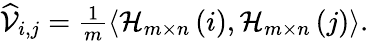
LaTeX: \begin{array}{r}{\widehat{\mathcal{V}}_{i,j}=\frac{1}{m}\langle\mathcal{H}_{m\times n}\left(i\right),\mathcal{H}_{m\times n}\left(j\right)\rangle.}\end{array}